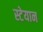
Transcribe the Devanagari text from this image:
स्टेयान